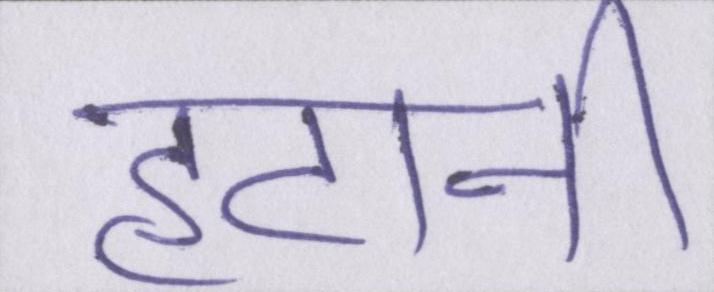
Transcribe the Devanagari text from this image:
हटानी